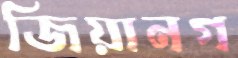
জিয়ানগ